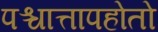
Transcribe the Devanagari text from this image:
पश्चात्तापहोतो